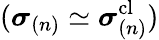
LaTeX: (\boldsymbol{\sigma}_{(n)}\simeq\boldsymbol{\sigma}_{(n)}^{\mathrm{cl}})